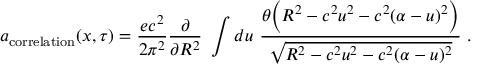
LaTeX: a _ { \mathrm { c o r r e l a t i o n } } ( x , \tau ) = \frac { e c ^ { 2 } } { 2 \pi ^ { 2 } } \frac { \partial } { \partial R ^ { 2 } } \ \int d u \ \frac { \theta \Bigl ( R ^ { 2 } - c ^ { 2 } u ^ { 2 } - c ^ { 2 } ( \alpha - u ) ^ { 2 } \Bigr ) } { \sqrt { R ^ { 2 } - c ^ { 2 } u ^ { 2 } - c ^ { 2 } ( \alpha - u ) ^ { 2 } } } \ .